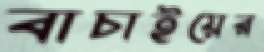
বাচাইয়ের